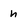
Character: n